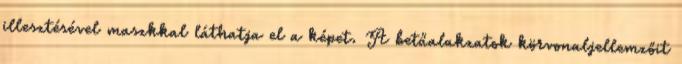
illesztésével maszkkal láthatja el a képet. A betűalakzatok körvonaljellemzőit